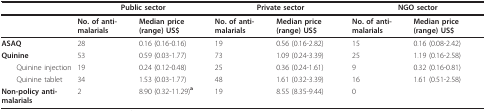
|  | <COLSPAN=2> Public sector | <COLSPAN=2> Private sector | <COLSPAN=2> NGO sector |
 | --- | --- | --- | --- | --- | --- | --- |
 |  | No. of anti-malarials | Median price (range) US$ | No. of anti-malarials | Median price (range) US$ | No. of anti-malarials | Median price (range) US$ |
 | ASAQ | 28 | 0.16 (0.16-0.16) | 19 | 0.56 (0.16-2.82) | 15 | 0.16 (0.08-2.42) |
 | Quinine | 53 | 0.59 (0.03-1.77) | 73 | 1.09 (0.24-3.39) | 25 | 1.19 (0.16-2.58) |
 | Quinine injection | 19 | 0.24 (0.12-0.48) | 25 | 0.36 (0.24-1.61) | 9 | 0.32 (0.16-0.81) |
 | Quinine tablet | 34 | 1.53 (0.03-1.77) | 48 | 1.61 (0.32-3.39) | 16 | 1.61 (0.51-2.58) |
 | Non-policy anti-malarials | 2 | 8.90 (0.32-11.29)a | 19 | 8.55 (8.35-9.44) | 0 |  |